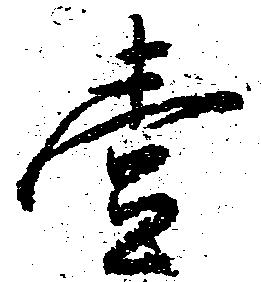
壱